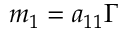
m _ { 1 } = a _ { 1 1 } \Gamma